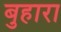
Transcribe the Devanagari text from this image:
बुहारा